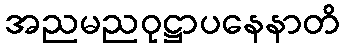
အညမညဝုဋ္ဌာပနေနာတိ